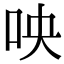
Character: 咉